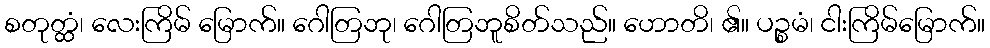
စတုတ္ထံ၊ လေးကြိမ် မြောက်။ ဂေါတြဘု၊ ဂေါတြဘူစိတ်သည်။ ဟောတိ၊ ၏။ ပဉ္စမံ၊ ငါးကြိမ်မြောက်။